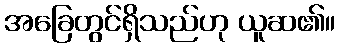
အခြေတွင်ရှိသည်ဟု ယူဆ၏။